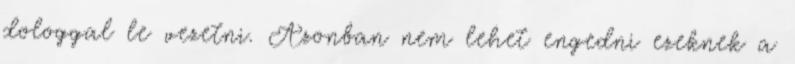
dologgal le vezetni. Azonban nem lehet engedni ezeknek a